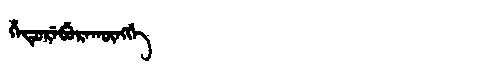
Manchu: ᡥᡝᡨᡠᡵᡝᠪᡠᡵᠠᡴᡡᠩᡤᡝ
Romanization: HETUREBURAKŪNGGE